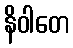
နိဝါတေ